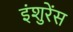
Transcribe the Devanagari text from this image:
इंशुरेंस